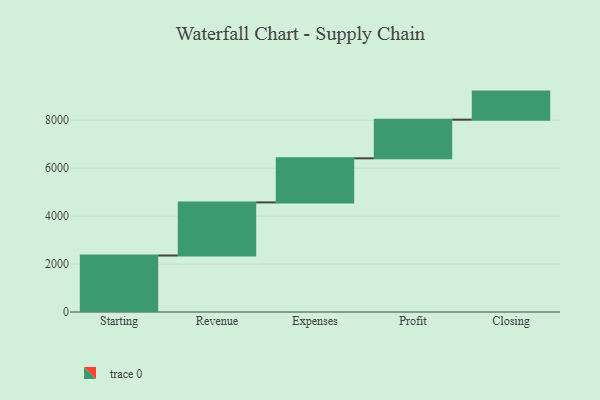
{"axis": {"x": "Step", "y": "Value"}, "legend": [""], "data": [{"x": "Starting", "y": 2357.0, "type": ""}, {"x": "Revenue", "y": 2216.0, "type": ""}, {"x": "Expenses", "y": 1840.0, "type": ""}, {"x": "Profit", "y": 1613.0, "type": ""}, {"x": "Closing", "y": 1171.0, "type": ""}]}